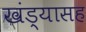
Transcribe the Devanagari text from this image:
खंड्यासह